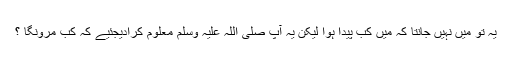
یہ تو میں نہیں جانتا کہ میں کب پیدا ہوا لیکن یہ آپ صلی اللہ علیہ وسلم معلوم کرادیجئیے کہ کب مرونگا ؟